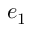
e _ { 1 }